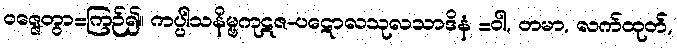
ဝဇ္ဇေတွာ=ကြဉ်၍။ ကပ္ပါသနိမ္ဗကုဋဇ-ပဋောလသုလသာဒိနံ =ဝါ, တမာ, လက်ထုတ်,